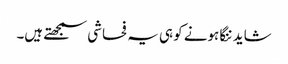
شاید ننگا ہونے کو ہی یہ فحاشی سمجھتے ہیں۔